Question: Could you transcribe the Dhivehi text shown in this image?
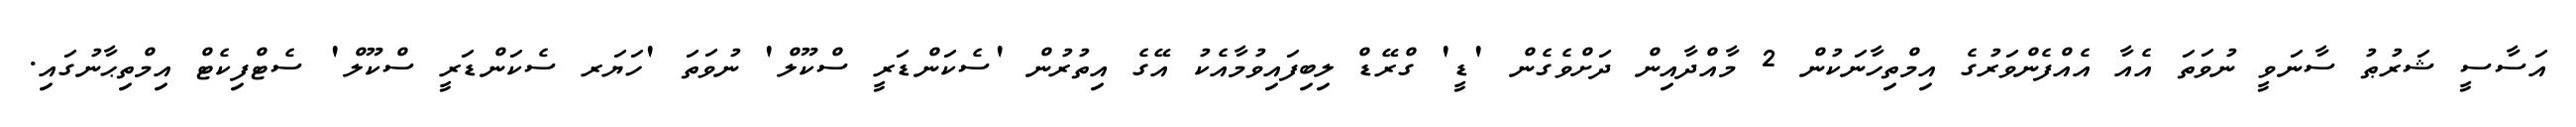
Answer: އަސާސީ ޝަރުޠު ސާނަވީ ނުވަތަ އެއާ އެއްފެންވަރުގެ އިމްތިހާނަކުން 2 މާއްދާއިން ދަށްވެގެން 'ޑީ' ގްރޭޑް ލިބިފައިވުމާއެކު އޭގެ އިތުރުން 'ސެކަންޑަރީ ސްކޫލް' ނުވަތަ 'ހަޔަރ ސެކަންޑަރީ ސްކޫލް' ސެޓްފިކެޓް އިމްތިޙާނުގައި.